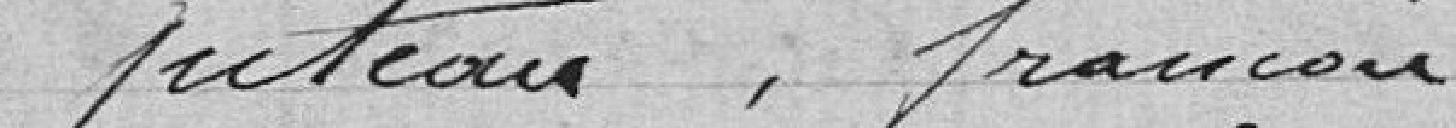
Juteau, François